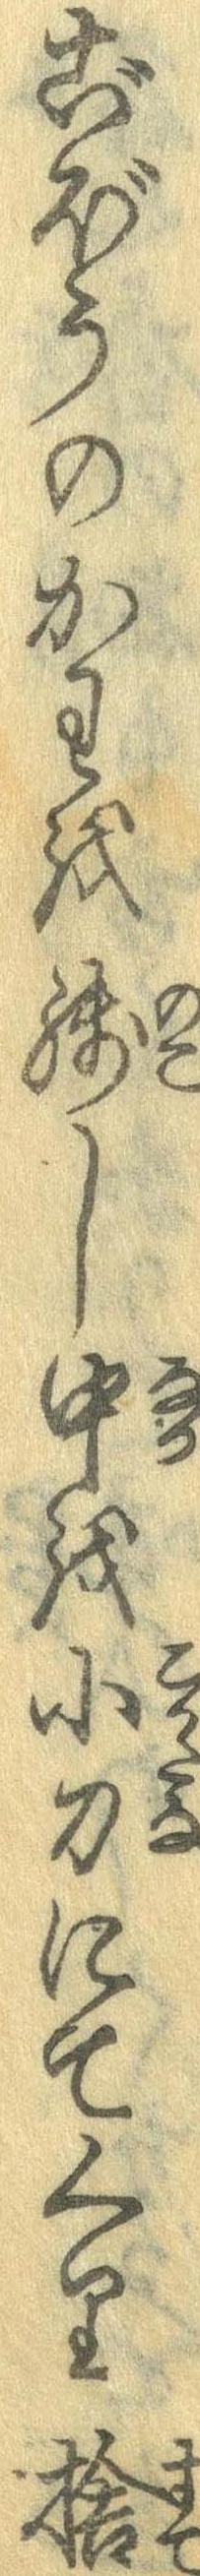
ごぼうのかわを残し中を小刀にてくり捨